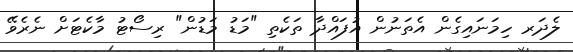
ލެދަރ ހިމަނައިގެން އެތަނުން އުފައްދާ ތަކެތި "މަޑު މަޑުން" ރިސޯޓު މާކެޓަށް ނެރެވޭ